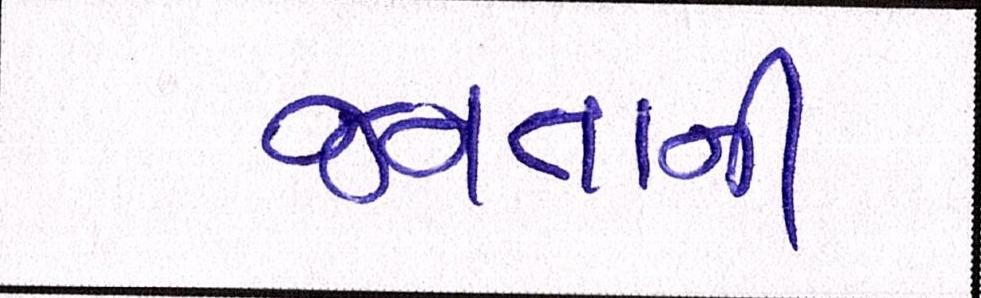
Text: જનતાની